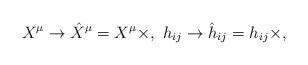
LaTeX: \begin{align*}{}X^\mu \rightarrow \hat{X}^\mu = X^\mu \times,\ h_{ij}\rightarrow \hat{h}_{ij} = h_{ij} \times,\end{align*}